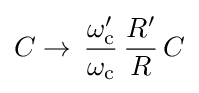
C\to \,{\frac {\omega _{\text{c}}'}{\omega _{\text{c}}}}\,{\frac {R'}{R}}\,C